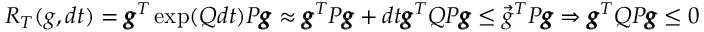
\begin{array} { r } { R _ { T } ( g , d t ) = \pmb { g } ^ { T } \exp ( Q d t ) P \pmb { g } \approx \pmb { g } ^ { T } P \pmb { g } + d t \pmb { g } ^ { T } Q P \pmb { g } \leq \vec { g } ^ { T } P \pmb { g } \Rightarrow \pmb { g } ^ { T } Q P \pmb { g } \leq 0 } \end{array}